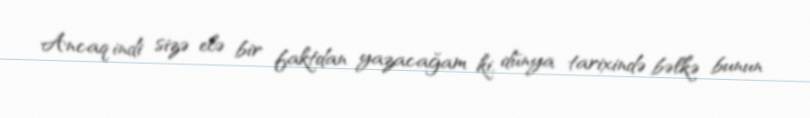
Ancaq indi sizə elə bir faktdan yazacağam ki, dünya tarixində bəlkə bunun